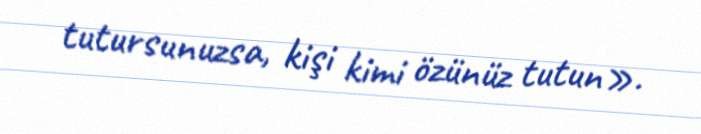
tutursunuzsa, kişi kimi özünüz tutun».